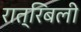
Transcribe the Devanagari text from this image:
रात्रिबली